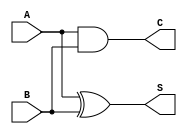
module CurrentModeHalfAdder (
    input wire A,  // Current input A (1 or 0)
    input wire B,  // Current input B (1 or 0)
    output wire S, // Sum output
    output wire C  // Carry output
);

// Sum calculation using XOR
assign S = A ^ B;  // S = A XOR B

// Carry calculation using AND
assign C = A & B;  // C = A AND B

endmodule